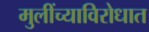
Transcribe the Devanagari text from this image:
मुलींच्याविरोधात